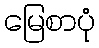
မြေစာပုံ